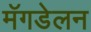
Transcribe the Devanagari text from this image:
मॅगडेलन